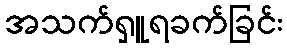
အသက်ရှူရခက်ခြင်း